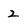
Character: 2